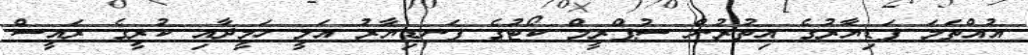
އުއްތަމަ ފަޑިޔާރުގެ އިތުރުން ސުޕްރީމް ކޯޓުގެ ފަނޑިޔާރު އަލީ ހަމީދާއި ކުރީގެ ރައީސް